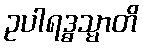
ဥပါရဒ္ဓသ္မာတိ